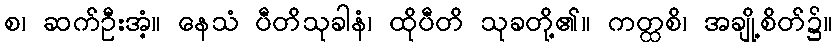
စ၊ ဆက်ဦးအံ့။ နေသံ ပီတိသုခါနံ၊ ထိုပီတိ သုခတို့၏။ ကတ္ထစိ၊ အချို့စိတ်၌။